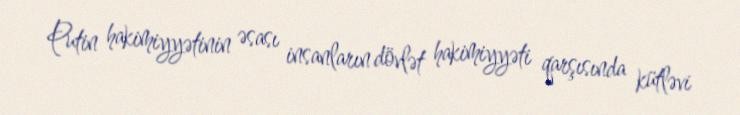
Putin hakimiyyətinin əsası insanların dövlət hakimiyyəti qarşısında kütləvi